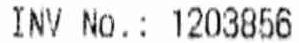
INV NO.: 1203856